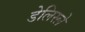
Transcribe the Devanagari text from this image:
डेलिस्ले